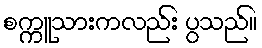
စက္ကူသားကလည်း ပွသည်။